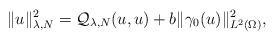
LaTeX: \begin{align*}\|u\|_{\lambda,N}^2=\mathcal{Q}_{\lambda,N}(u,u)+b\|\gamma_0(u)\|_{L^2(\Omega)}^2,\end{align*}